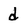
Character: d